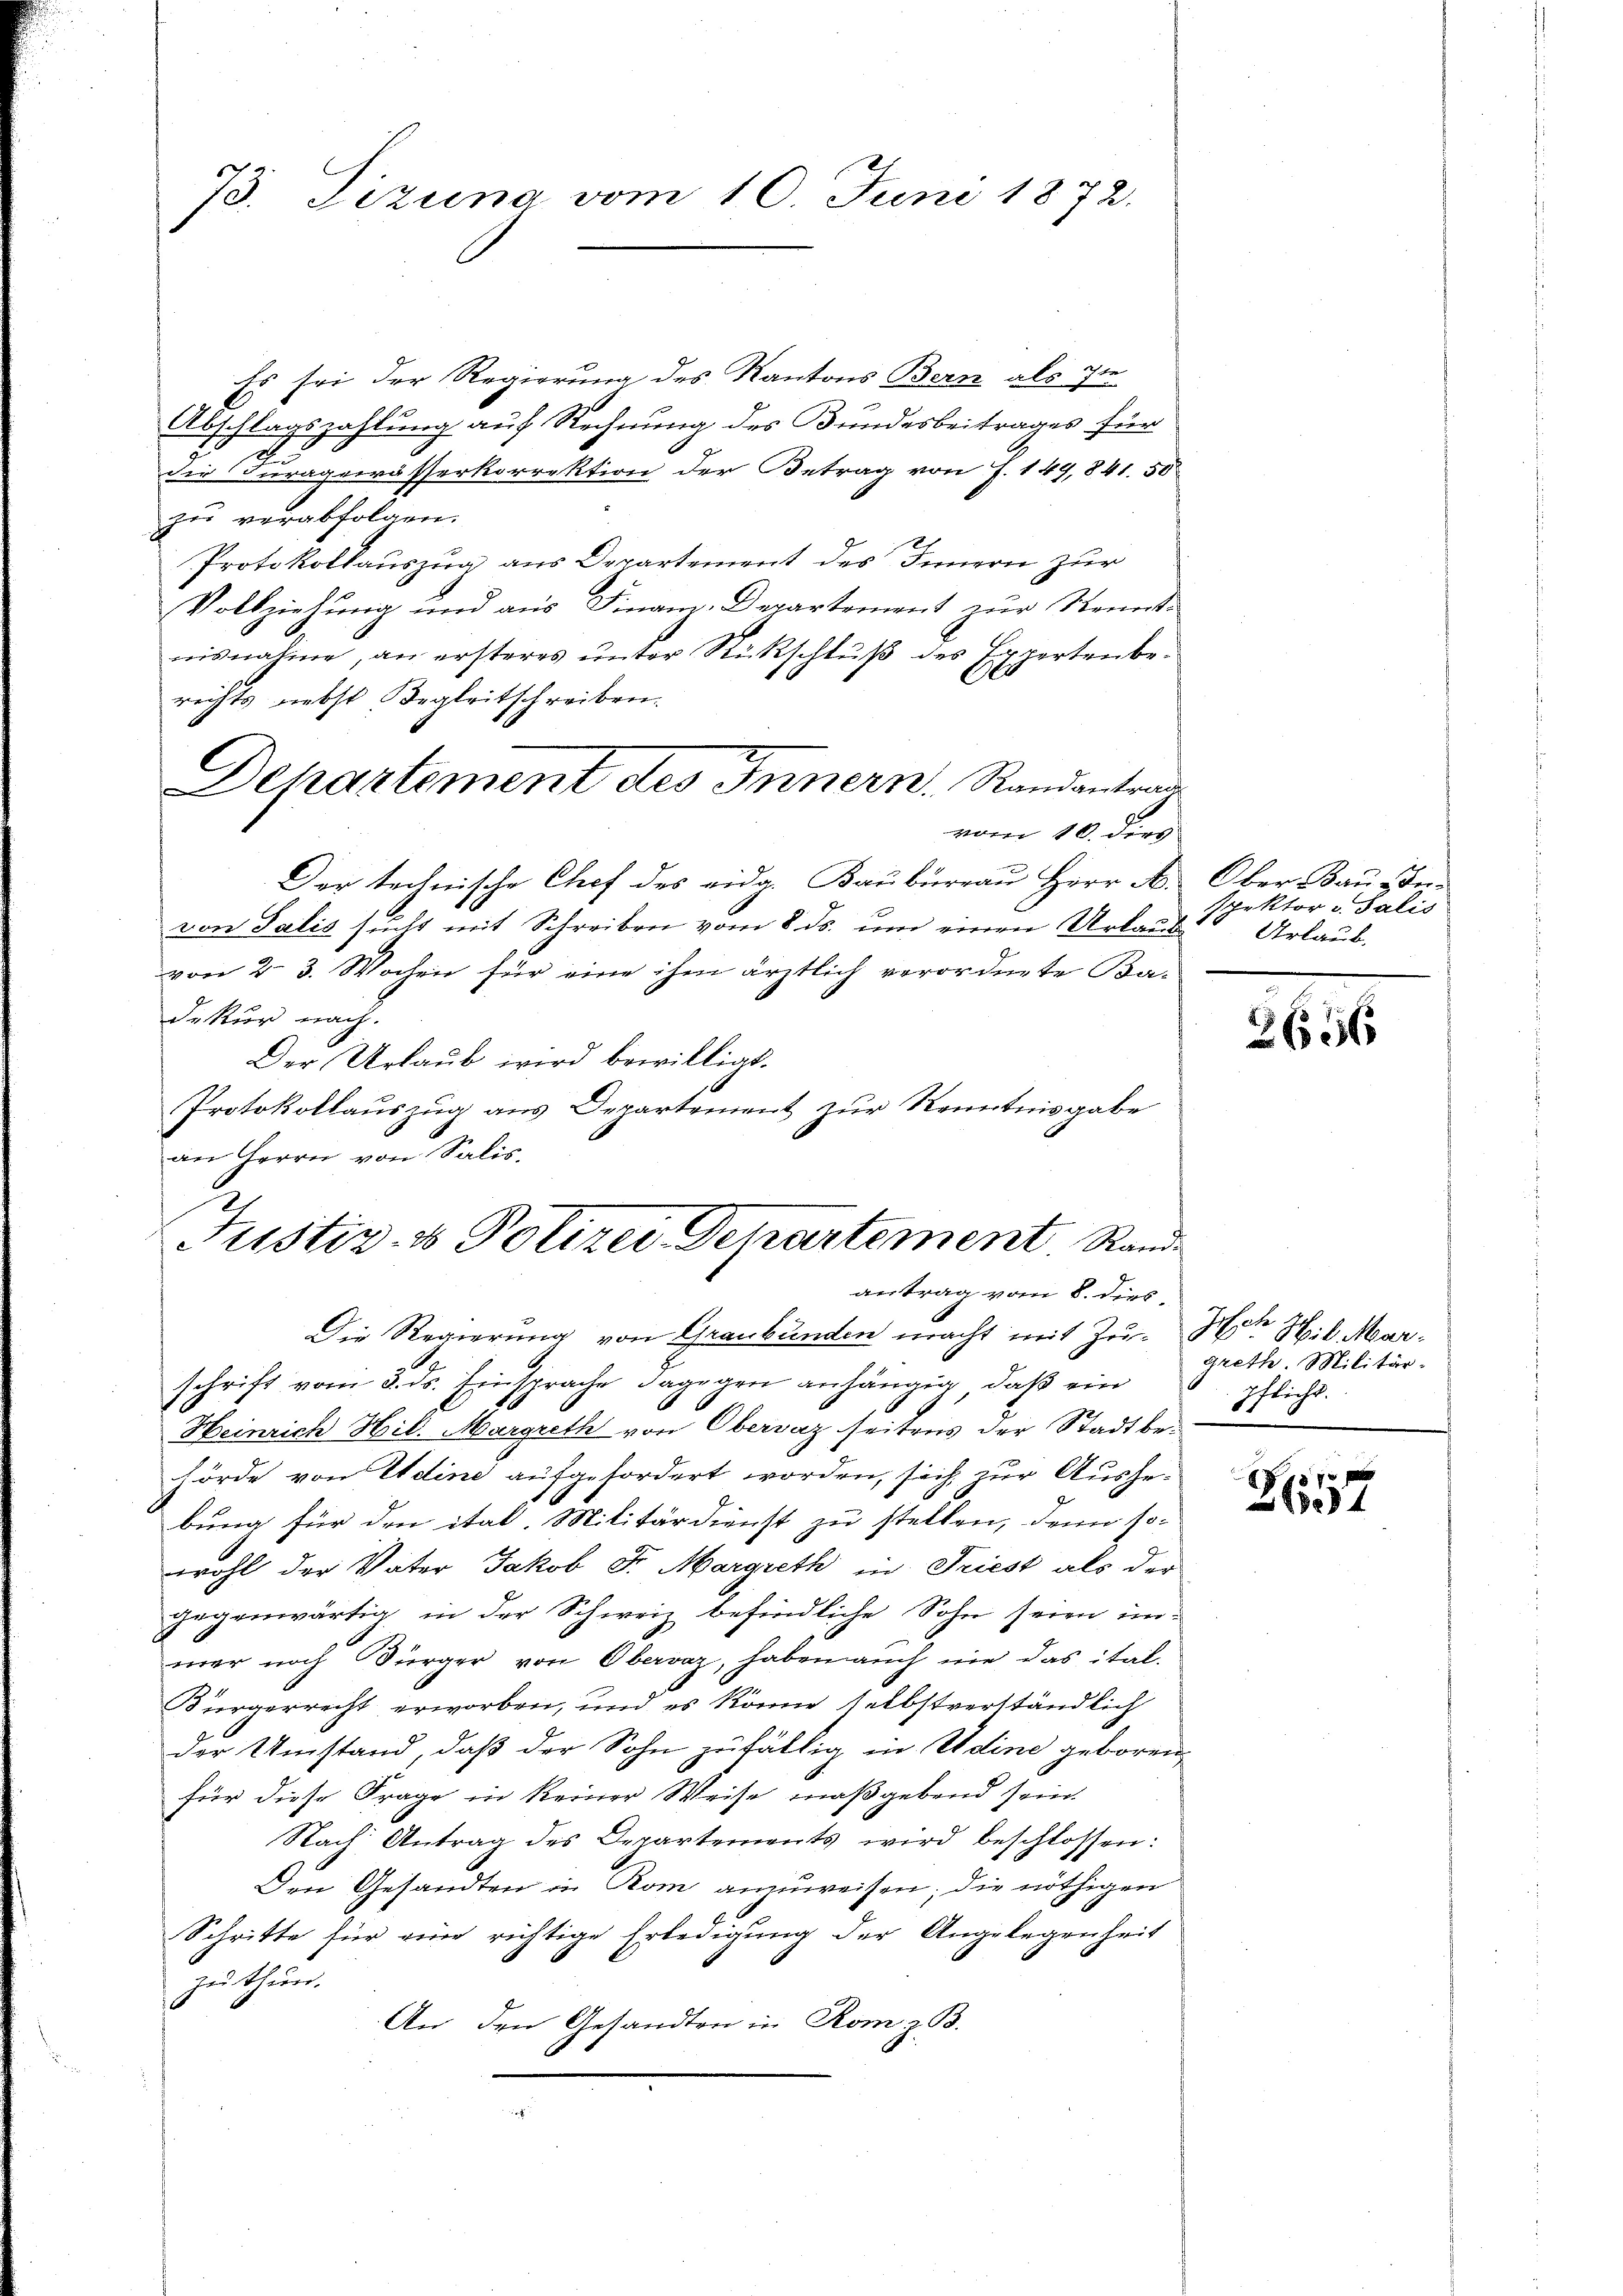
73. Tizuna vom 10. Juni 1872.

Es sei der Regierung des Kantons Bern als zu
Abschlagszahlung auf Rechnung des Bundesbeitrages für
Die Furagewässerkorrektion der Betrag von J. 149, 841. 50
zu verabfolgen.
Protokollauszug aus Departement des Innern zur
Vollziehung und aus Finanz-Departement zur Stennt-
nisnahme, an ersteres unter Rückschluß des Expertenbe¬
Olo
rechts nebst Begleitschreiben.
vom 10. dies
Der technische Chef des eidg. Baubureau Herr A.
von Salis sucht mit Schreiben vom 8. ds. um einen Urlaub
von 2. 3. Wochen für eine ihm ärztlich verordnete Ba-
Dekur nach.
Der Urlaub wird bewilligt.
Protokollauszug aus Departement zur Kenntnisgabe
an Herrn von Salis,
Die Regierung von Graubünden macht mit Zu- Hat H. Marschrift vom 3. ds. Einsprache dagegen anhängig, daß ein
.
Heinrich Hil. Margreth von Obervaz seitens der Stadtbehörde von Edine aufgefordert worden, sich zur Ausgebung für den ital. Militärdienst zu stellen, denn so-
wohl der Vater Jakob Fr Margreth in Friest als der
gegenwärtig in der Schweiz befindliche Sohn seien inmer noch Bürger von Obervaz, haben auch nie das ital¬
Bürgerrecht erworben, und es könne selbstverständlich
der Umstand, daß der Sohn zufällig in Udine geboren
für diese Frage in keiner Weise maßgebend sein.
Nach Antrag des Departements wird beschlossen:
Den Gesandten in Rom anzuweisen; die nöthigen
Schritte für eine richtige Erledigung der Angelegenheit
zu thun.
An den Gesandten in Rom z. B.

C

Departement des Innern. Randantrad

Justiz- & Polizei Departement Rand
antrag vom 8. dies

Ober Bau verspektor v. Salis
S
Urlaub.

2656

greth. Militär-
pflicht.

214